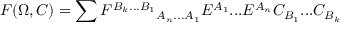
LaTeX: F ( \Omega , C ) = \sum { F ^ { B _ { k } . . . B _ { 1 } } } _ { A _ { n } . . . A _ { 1 } } E ^ { A _ { 1 } } . . . E ^ { A _ { n } } C _ { B _ { 1 } } . . . C _ { B _ { k } }